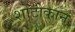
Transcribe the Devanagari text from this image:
शोटोकान